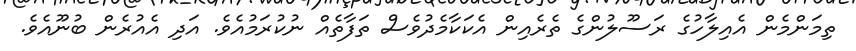
ތިމަންމެން އެއިލާހުގެ ރަސޫލުންގެ ތެރެއިން އެކަކާމެދުވެސް ތަފާތެއް ނުކުރަމުއެވެ. އަދި އެއުރެން ބުނޫއެވެ.